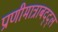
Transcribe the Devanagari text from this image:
प्राणीमात्राबद्द्ल